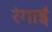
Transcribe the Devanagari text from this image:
रंगाईं